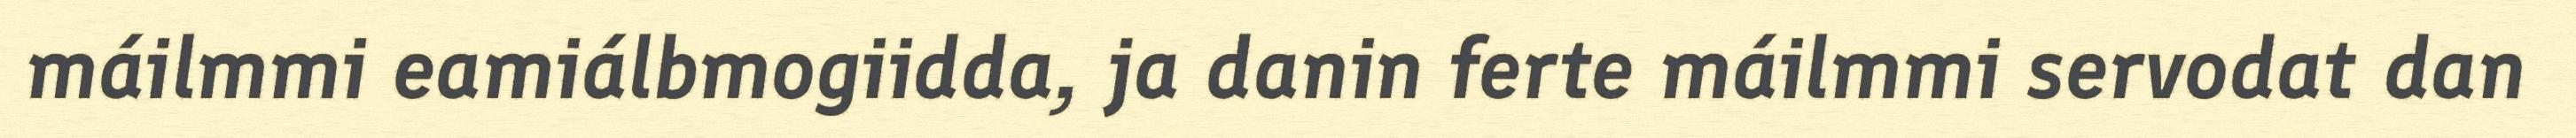
máilmmi eamiálbmogiidda, ja danin ferte máilmmi servodat dan